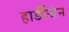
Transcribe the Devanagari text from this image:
हार्डीजेन